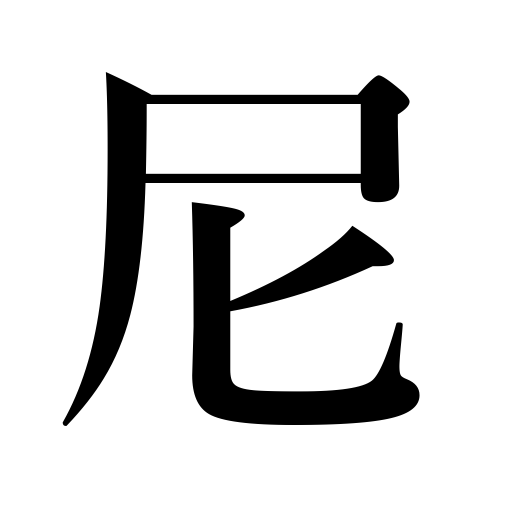
Meanings: nun